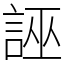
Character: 誣